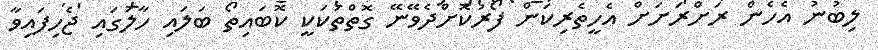
ލިބުނު އެހެން ރަށްރަށަށް އެހީތެރިކަން ފޯރުކޮށްދެވޭނޭ ގޮތްތަކަކީ ކޮބައިތޯ ބަލައި ހާލުގައި ޖެހިފައިވާ